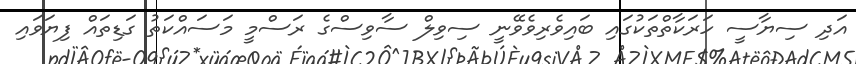
އަދި ސިޔާސީ ހަރަކާތްތަކުގައި ބައިވެރިވެވޭނީ ސިވިލް ސާވިސްގެ ރަސްމީ މަސައްކަތު ގަޑިތައް ފިޔަވައި